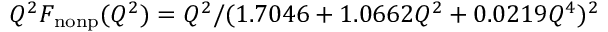
Q ^ { 2 } F _ { \mathrm { n o n p } } ( Q ^ { 2 } ) = Q ^ { 2 } / ( 1 . 7 0 4 6 + 1 . 0 6 6 2 Q ^ { 2 } + 0 . 0 2 1 9 Q ^ { 4 } ) ^ { 2 }